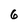
Character: 6